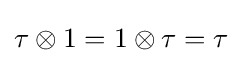
\tau \otimes 1=1\otimes \tau =\tau